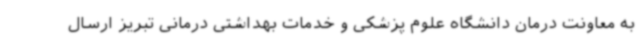
به معاونت درمان دانشگاه علوم پزشکی و خدمات بهداشتی درمانی تبریز ارسال